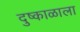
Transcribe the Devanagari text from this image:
दुष्काळाला